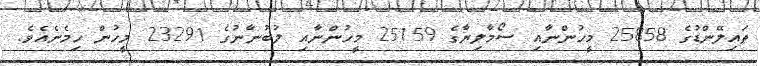
ތައިލޭންޑުގެ 25858 މީހުންނާއި ސޯމާލިޔާގެ 25159 މީހުންނާއި ލުބުނާނުގެ 23291 މީހުން ހިމެނެއެވެ.